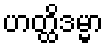
ဟတ္ထိဒမ္မာ